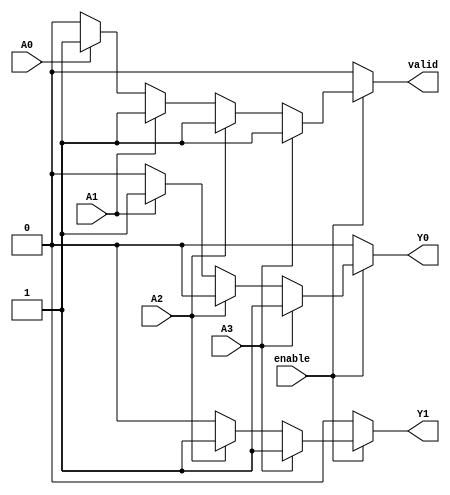
module priority_encoder (
    input wire A3,   // Highest priority input
    input wire A2,
    input wire A1,
    input wire A0,   // Lowest priority input
    input wire enable, // Enable signal
    output reg Y1,   // Output bit 1
    output reg Y0,   // Output bit 0
    output reg valid // Valid output signal
);

always @(*) begin
    if (!enable) begin
        // If not enabled, outputs are undefined (could be 0 or any defined state)
        Y1 = 1'b0;
        Y0 = 1'b0;
        valid = 1'b0; // Not valid
    end else begin
        // Default output for no active inputs
        Y1 = 1'b0;
        Y0 = 1'b0;
        valid = 1'b1; // Valid output

        // Check inputs in order of priority
        if (A3) begin
            Y1 = 1'b1; // A3 is active
            Y0 = 1'b1;
        end else if (A2) begin
            Y1 = 1'b1; // A2 is active
            Y0 = 1'b0;
        end else if (A1) begin
            Y1 = 1'b0; // A1 is active
            Y0 = 1'b1;
        end else if (A0) begin
            Y1 = 1'b0; // A0 is active
            Y0 = 1'b0;
        end else begin
            valid = 1'b0; // No inputs are active
        end
    end
end

endmodule